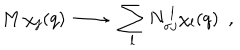
M \, \chi _ { j } ( q ) \ \longrightarrow \ \sum _ { l } N _ { \sigma j } ^ { \ l } \chi _ { l } ( q ) \ \ ,